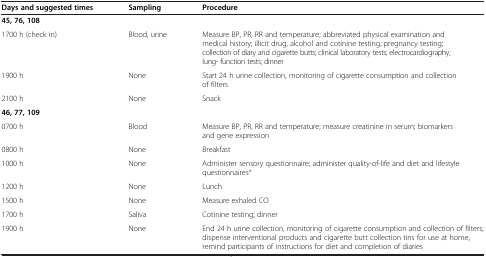
<table><thead><tr><td><b>Days and suggested times</b></td><td><b>Sampling</b></td><td><b>Procedure</b></td></tr></thead><tbody><tr><td colspan="3"><b>45, 76, 108</b></td></tr><tr><td>1700 h (check in)</td><td>Blood, urine</td><td>Measure BP, PR, RR and temperature; abbreviated physical examination and medical history; illicit drug, alcohol and cotinine testing; pregnancy testing; collection of diary and cigarette butts; clinical laboratory tests; electrocardiography; lung- function tests; dinner</td></tr><tr><td>1900 h</td><td>None</td><td>Start 24 h urine collection, monitoring of cigarette consumption and collection of filters</td></tr><tr><td>2100 h</td><td>None</td><td>Snack</td></tr><tr><td colspan="3"><b>46, 77, 109</b></td></tr><tr><td>0700 h</td><td>Blood</td><td>Measure BP, PR, RR and temperature; measure creatinine in serum; biomarkers and gene expression</td></tr><tr><td>0800 h</td><td>None</td><td>Breakfast</td></tr><tr><td>1000 h</td><td>None</td><td>Administer sensory questionnaire; administer quality-of-life and diet and lifestyle questionnaires<sup>a</sup></td></tr><tr><td>1200 h</td><td>None</td><td>Lunch</td></tr><tr><td>1500 h</td><td>None</td><td>Measure exhaled CO</td></tr><tr><td>1700 h</td><td>Saliva</td><td>Cotinine testing; dinner</td></tr><tr><td>1900 h</td><td>None</td><td>End 24 h urine collection, monitoring of cigarette consumption and collection of filters; dispense interventional products and cigarette butt collection tins for use at home, remind participants of instructions for diet and completion of diaries</td></tr></tbody></table>